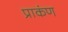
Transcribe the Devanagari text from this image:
प्राकंण